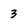
Character: 3